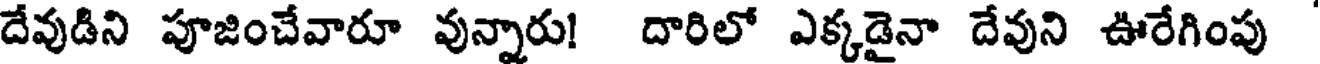
దేవుడిని పూజించేవారూ వున్నారు! దారిలో ఎక్కడైనా దేవుని ఊరేగింపు